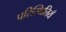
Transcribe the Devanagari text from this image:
परिस्थितियँ